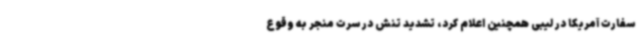
سفارت آمریکا در لیبی همچنین اعلام کرد، تشدید تنش در سرت منجر به وقوع